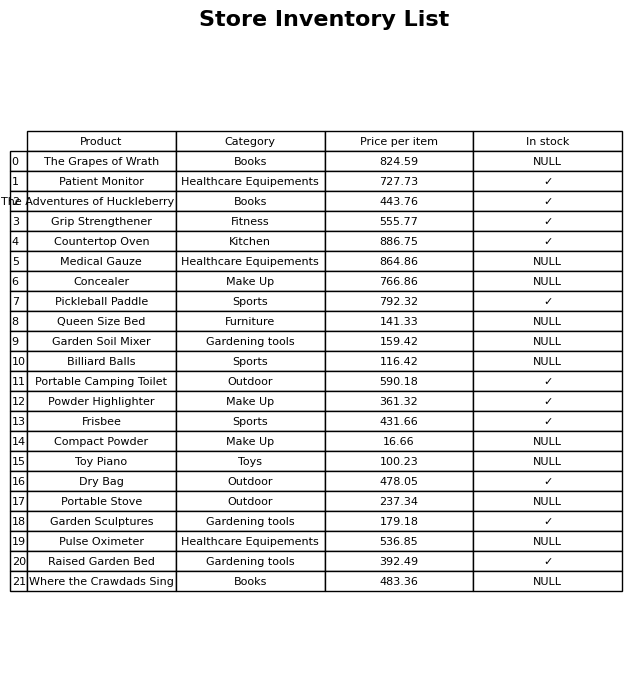
question: What is the price of the Toy Piano?
answer: The price of Toy Piano is 100.23.